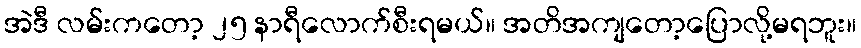
အဲဒီ လမ်းကတော့ ၂၅ နာရီလောက်စီးရမယ်။ အတိအကျတော့ပြောလို့မရဘူး။